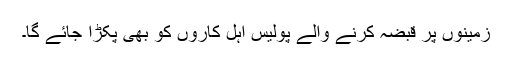
زمینوں پر قبضہ کرنے والے پولیس اہل کاروں کو بھی پکڑا جائے گا۔